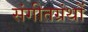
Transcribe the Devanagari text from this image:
संगीतग्रंथों